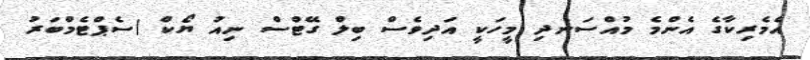
އެމެރިކާގެ އެންމެ މުއްސަނދި މީހަކީ އަދިވެސް ބިލް ގޭޓްސް ނިއު ޔޯކް (ސެޕްޓެމްބަރު